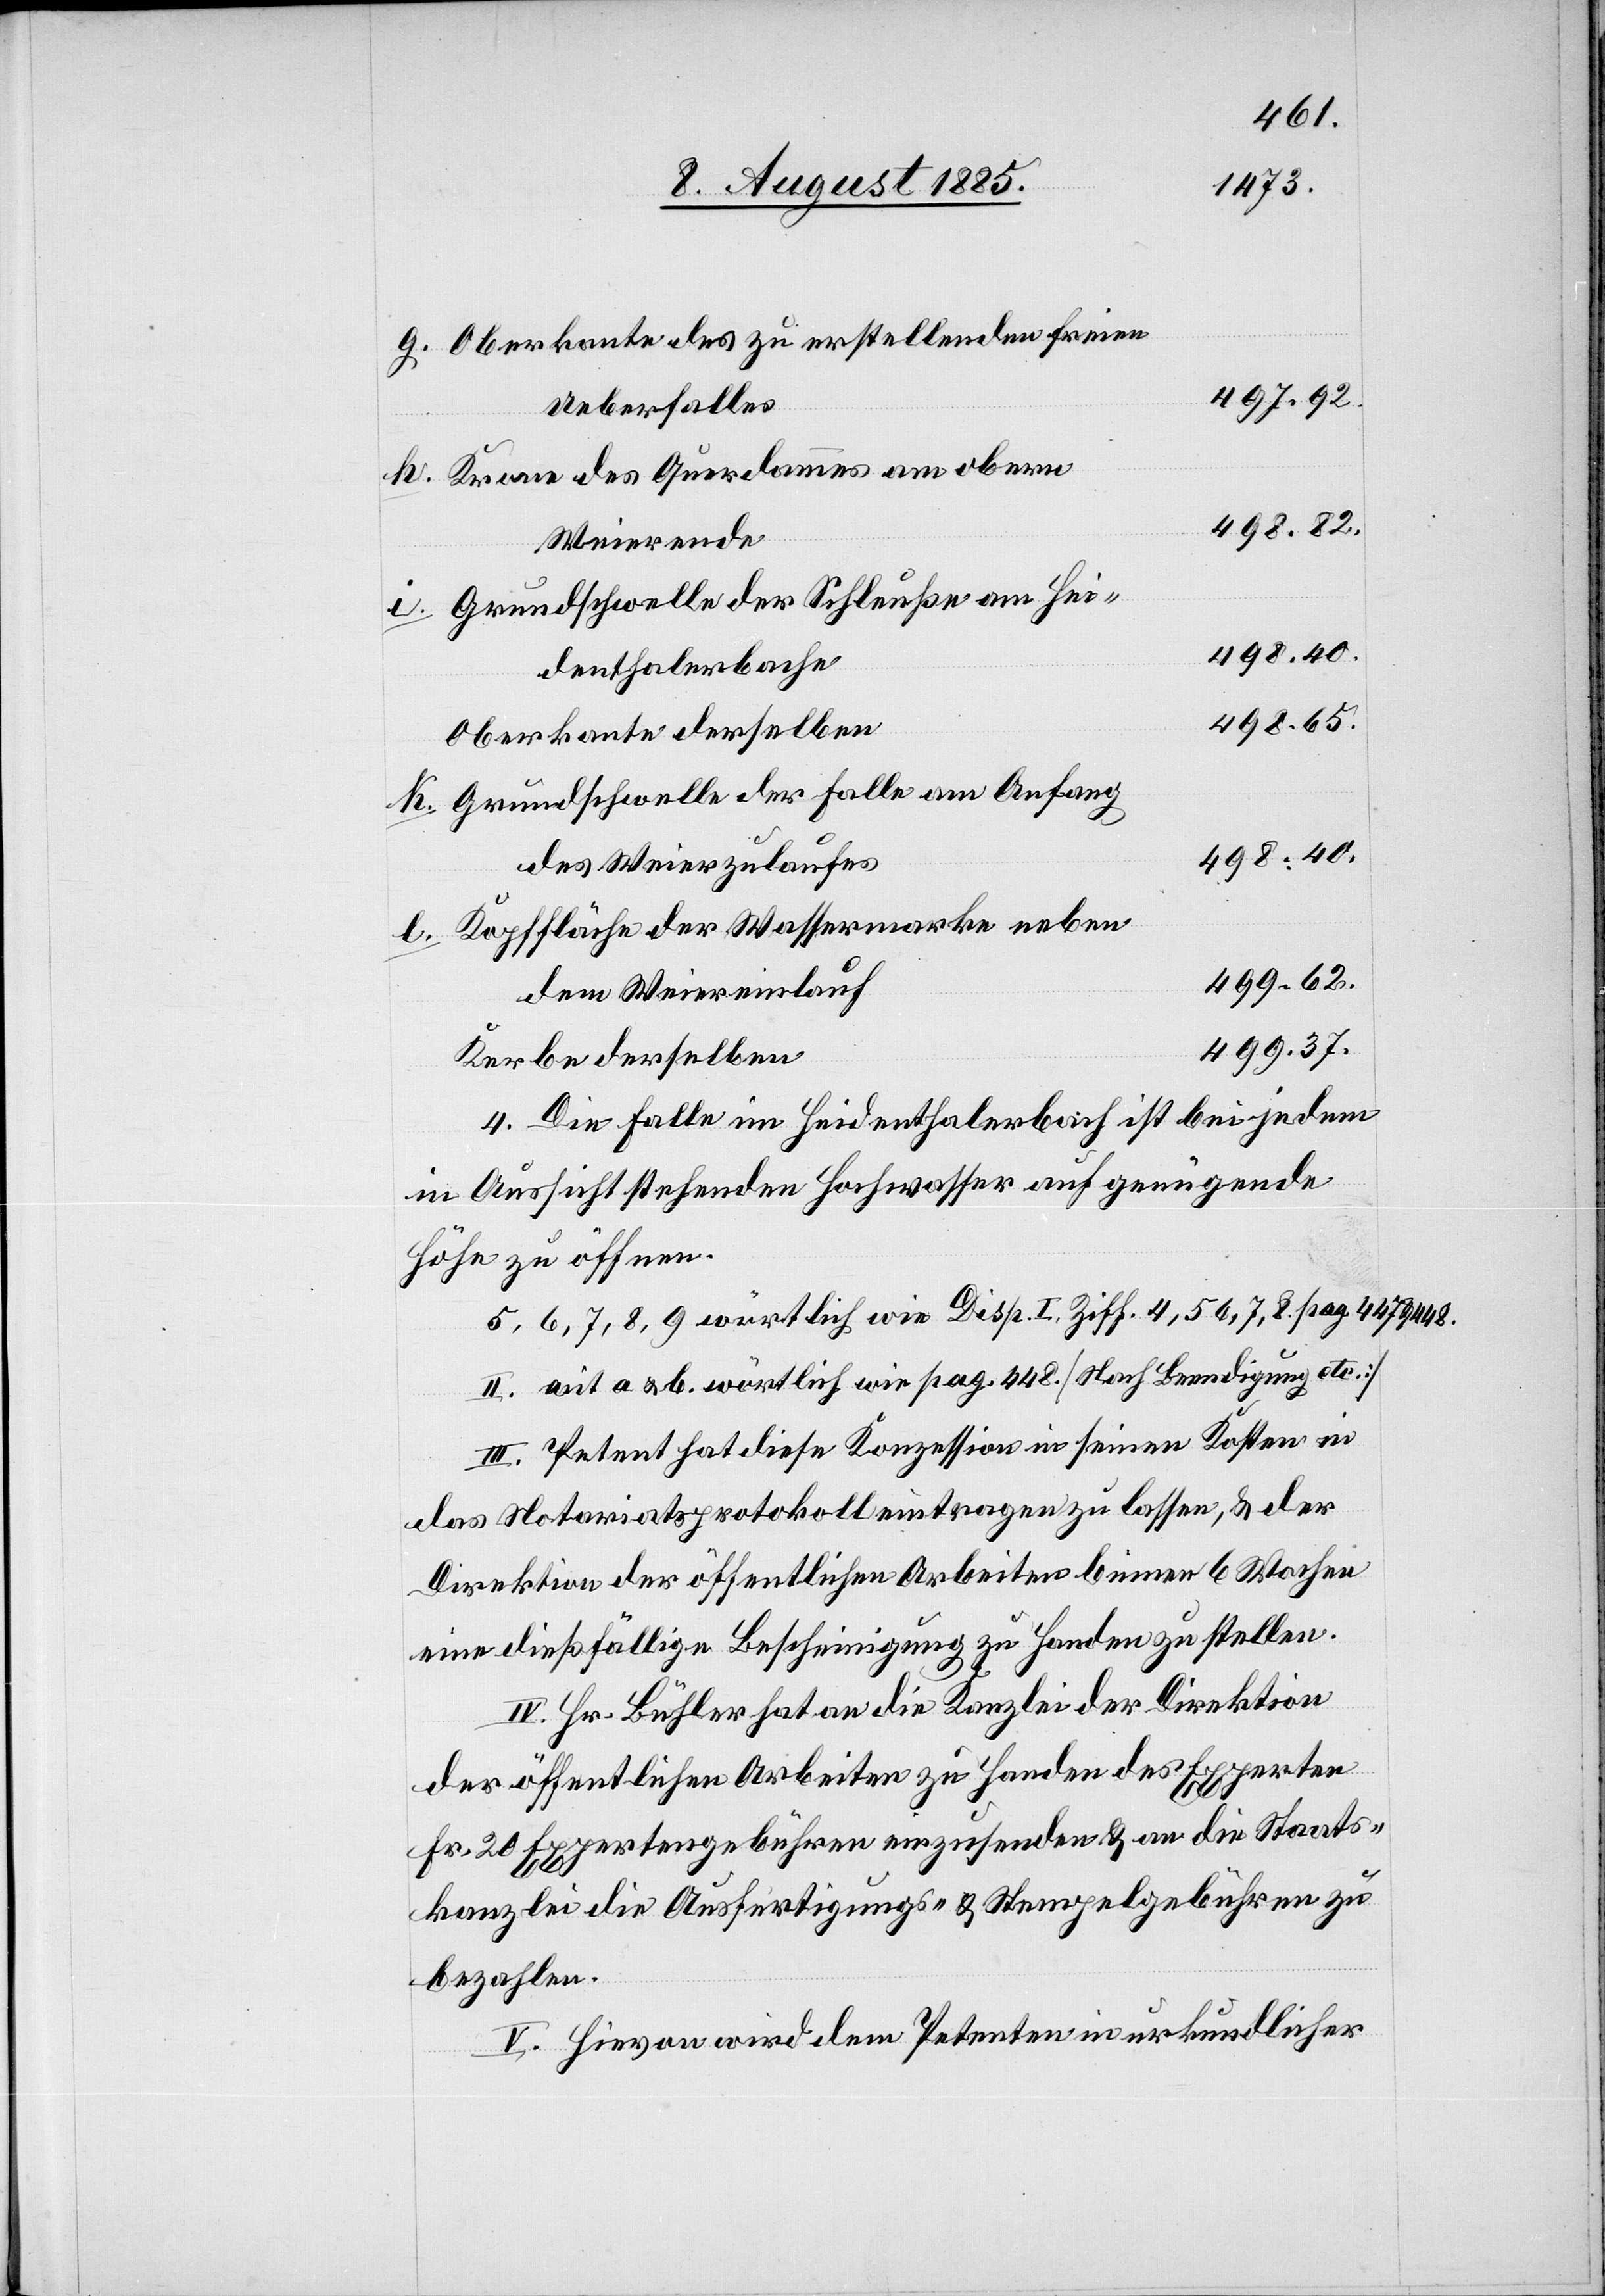
Oberkante des zu erstellenden freien
497.92.
Ueberfalles
Krone des Querdammes am obern
498.82.
Weierende
Grundschwelle der Schleuße am Hei¬
498.40.
denthalerbache
498.65.
Oberkante derselben
Grundschwelle der Falle am Anfang
des Weierzulaufes
Kopffläche der Wassermarke neben
499.62.
dem Weiereinlauf
499.37.
Kerbe derselben
4. Die Falle im Heidenthalerbach ist bei jedem
in Aussicht stehenden Hochwasser auf genügende
Höhe zu öffnen.
5, 6, 7, 8, 9 wörtlich wie Disp. I Ziff. 4, 5, 6, 7, 8. pag 447 & 448.
II. [?mit] a & b. wörtlich wie pag. 448. [Nach Beendigung etc.]
III. Petent hat diese Konzession in seinen Kosten in
das Notariatsprotokoll eintragen zu lassen, & der
Direktion der öffentlichen Arbeiten binnen 6 Wochen
eine dießfällige Bescheinigung zu Handen zu stellen.
IV. Hr. Bühler hat an die Kanzlei der Direktion
der öffentlichen Arbeiten zu Handen des Experten
Fr. 20 Expertengebühren einzusenden & an die Staats¬
kanzlei die Ausfertigungs- & Stempelgebühren zu
bezahlen.
V. Hievon wird dem Petenten in urkundlicher